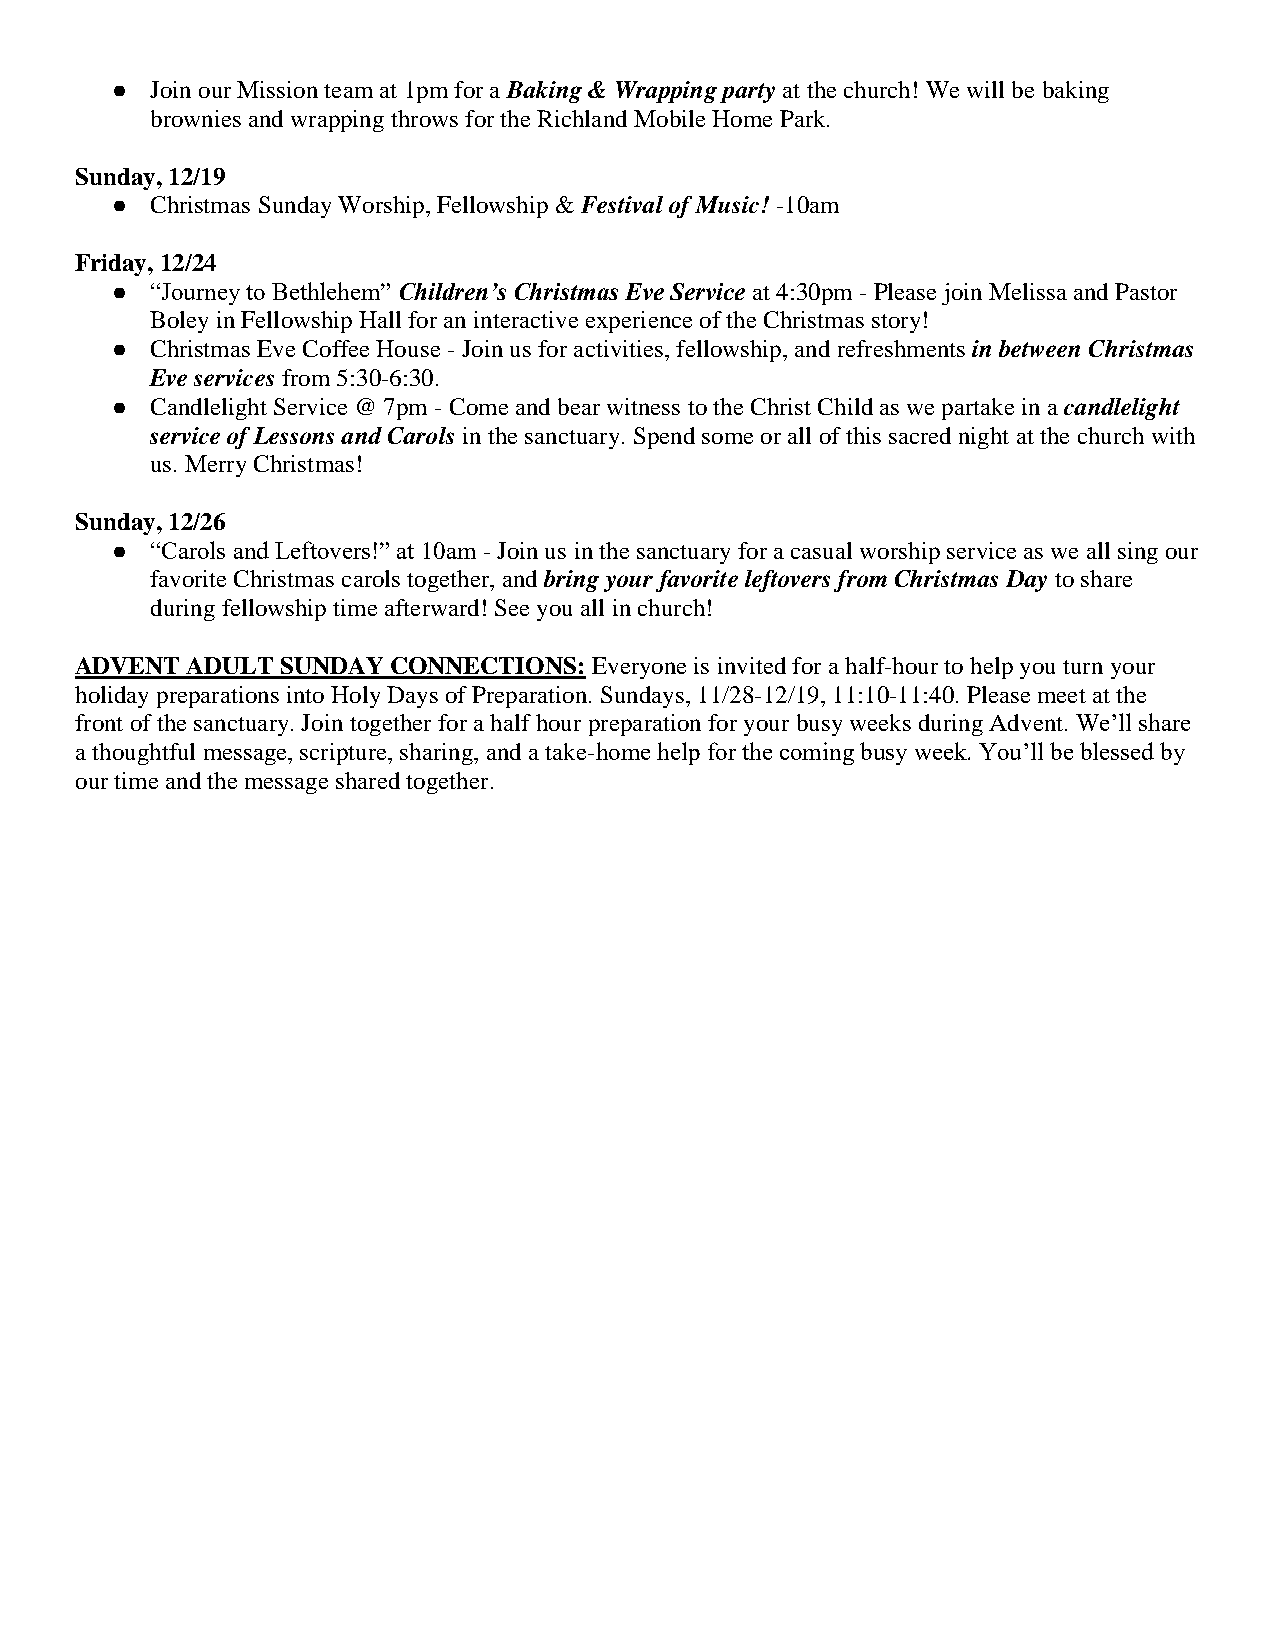
●  Join our Mission team at 1pm for a Baking & Wrapping party at the church! We will be baking
 brownies and wrapping throws for the Richland Mobile Home Park.
 Sunday, 12/19
 ●  Christmas Sunday Worship, Fellowship & Festival of Music! -10am
 Friday, 12/24
 ●  “Journey to Bethlehem” Children’s Christmas Eve Service at 4:30pm - Please join Melissa and Pastor
 Boley in Fellowship Hall for an interactive experience of the Christmas story!
 ●  Christmas Eve Coffee House - Join us for activities, fellowship, and refreshments in between Christmas
 Eve services from 5:30-6:30.
 ●  Candlelight Service @ 7pm - Come and bear witness to the Christ Child as we partake in a candlelight
 service of Lessons and Carols in the sanctuary. Spend some or all of this sacred night at the church with
 us. Merry Christmas!
 Sunday, 12/26
 ●  “Carols and Leftovers!” at 10am - Join us in the sanctuary for a casual worship service as we all sing our
 favorite Christmas carols together, and bring your favorite leftovers from Christmas Day to share
 during fellowship time afterward! See you all in church!
 ADVENT ADULT  SUNDAY CONNECTIONS: Everyone is invited for a half-hour to help you turn your
 holiday preparations into Holy Days of Preparation. Sundays, 11/28-12/19, 11:10-11:40. Please meet at the
 front of the sanctuary. Join together for a half hour preparation for your busy weeks during Advent. We’ll share
 a thoughtful message, scripture, sharing, and a take-home help for the coming busy week. You’ll be blessed by
 our time and the message shared together.